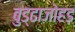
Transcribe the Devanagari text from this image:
बुड्ढाजोहड़